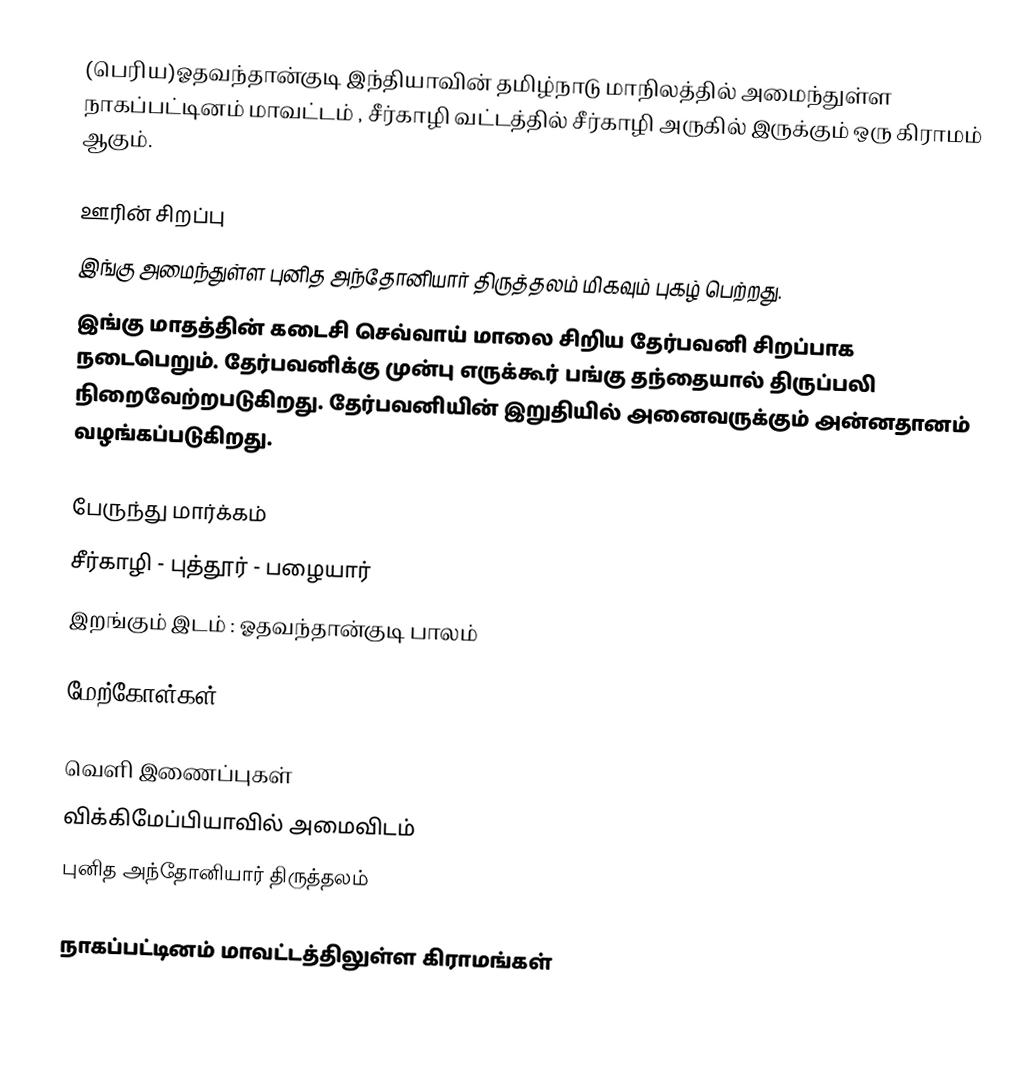
(பெரிய)ஓதவந்தான்குடி  இந்தியாவின் தமிழ்நாடு மாநிலத்தில் அமைந்துள்ள நாகப்பட்டினம்  மாவட்டம் , சீர்காழி வட்டத்தில்  சீர்காழி அருகில்  இருக்கும்  ஒரு கிராமம்  ஆகும்.

ஊரின் சிறப்பு
இங்கு அமைந்துள்ள புனித அந்தோனியார் திருத்தலம் மிகவும் புகழ் பெற்றது.
இங்கு மாதத்தின் கடைசி செவ்வாய் மாலை சிறிய தேர்பவனி சிறப்பாக நடைபெறும். தேர்பவனிக்கு முன்பு எருக்கூர் பங்கு தந்தையால் திருப்பலி நிறைவேற்றபடுகிறது. தேர்பவனியின் இறுதியில் அனைவருக்கும் அன்னதானம் வழங்கப்படுகிறது.

பேருந்து மார்க்கம்
சீர்காழி - புத்தூர் - பழையார்
இறங்கும் இடம் : ஓதவந்தான்குடி பாலம்

மேற்கோள்கள்

வெளி இணைப்புகள்
 விக்கிமேப்பியாவில் அமைவிடம்
 புனித அந்தோனியார் திருத்தலம்

 நாகப்பட்டினம் மாவட்டத்திலுள்ள கிராமங்கள்